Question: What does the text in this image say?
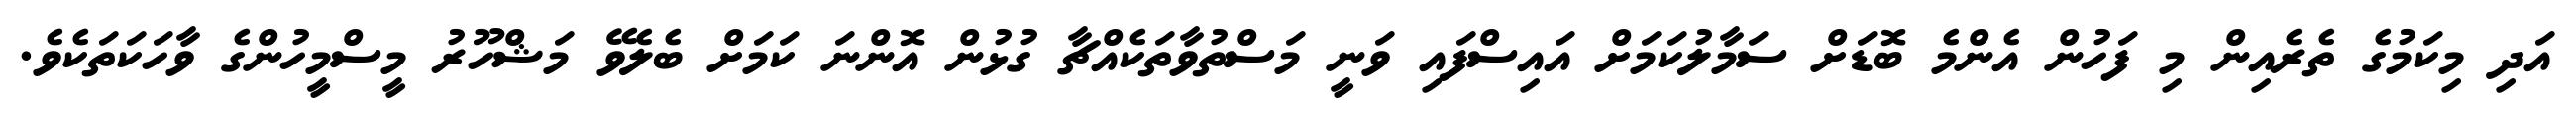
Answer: އަދި މިކަމުގެ ތެރެއިން މި ފަހުން އެންމެ ބޮޑަށް ސަމާލުކަމަށް އައިސްފައި ވަނީ މަސްތުވާތަކެއްޗާ ގުޅުން އޮންނަ ކަމަށް ބެލެވޭ މަޝްހޫރު މީސްމީހުންގެ ވާހަކަތަކެވެ.